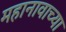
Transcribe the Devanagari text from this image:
महानावाच्या